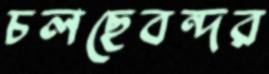
চলছেবন্দর